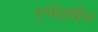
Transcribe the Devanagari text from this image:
एप्पेलमैन